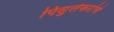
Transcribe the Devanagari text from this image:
पिसुर्लेकरांचे